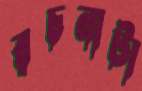
রচনাটা